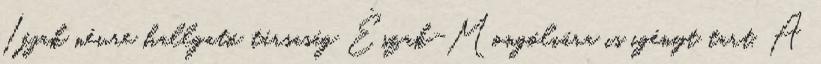
Ifjak névre hallgató társaság Észak-Mongóliára is igényt tart. A